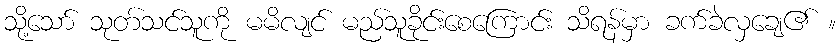
သို့သော် သုတ်သင်သူကို မမိလျင် မည်သူခိုင်းစေကြောင်း သိရန်မှာ ခက်ခဲလှချေ၏ ။